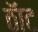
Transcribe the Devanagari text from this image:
ठॅाट